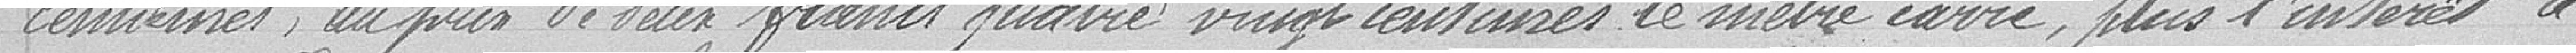
centièmes, au prix de deux francs quatre vingt centimes le mètre carré, plus l'intérêt à